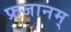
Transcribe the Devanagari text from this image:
फ्रजानम्